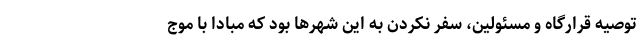
توصیه قرارگاه و مسئولین، سفر نکردن به این شهرها بود که مبادا با موج